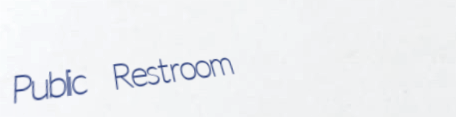
Public Restroom